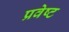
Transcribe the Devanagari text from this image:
प्रवेष्ट